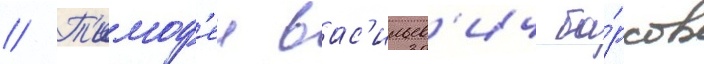
// Т'имоф'еи вас'ильев'ич ба́рсов